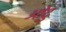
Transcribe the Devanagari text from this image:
ओटु